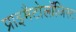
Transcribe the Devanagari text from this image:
प्राइमैटोलॉजिस्ट